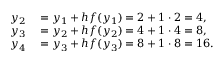
\begin{array} { r l } { y _ { 2 } } & { { } = y _ { 1 } + h f ( y _ { 1 } ) = 2 + 1 \cdot 2 = 4 , } \\ { y _ { 3 } } & { { } = y _ { 2 } + h f ( y _ { 2 } ) = 4 + 1 \cdot 4 = 8 , } \\ { y _ { 4 } } & { { } = y _ { 3 } + h f ( y _ { 3 } ) = 8 + 1 \cdot 8 = 1 6 . } \end{array}